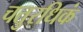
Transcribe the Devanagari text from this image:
चतुरधिकं